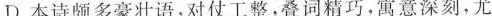
D.本诗颇多豪壮语，对仗工整，叠词精巧，寓意深刻，尤